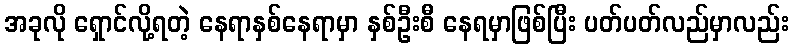
အခုလို ရှောင်လို့ရတဲ့ နေရာနှစ်နေရာမှာ နှစ်ဦးစီ နေရမှာဖြစ်ပြီး ပတ်ပတ်လည်မှာလည်း